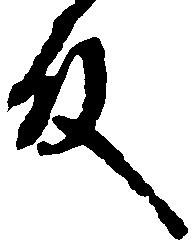
殿